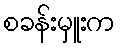
စခန်းမှူးက